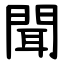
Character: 聞